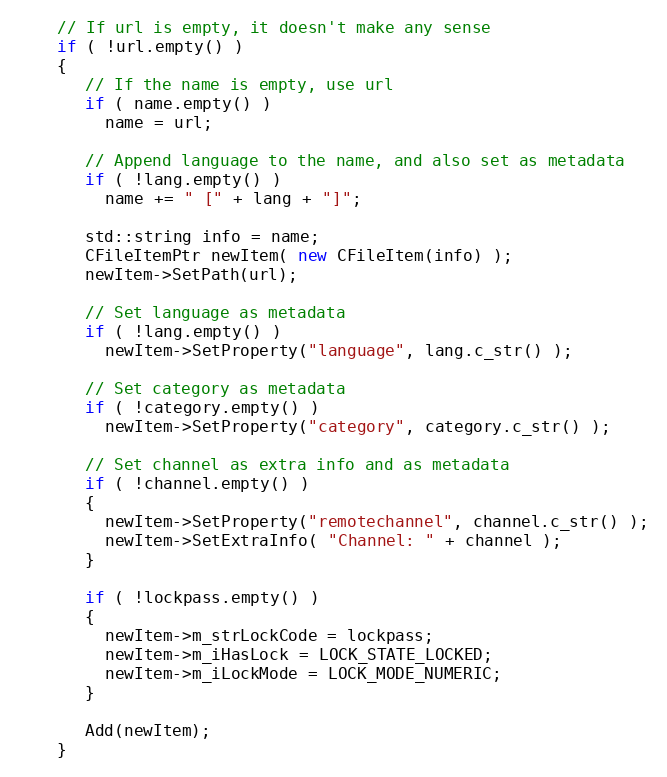
Language: C++
    // If url is empty, it doesn't make any sense
    if ( !url.empty() )
    {
       // If the name is empty, use url
       if ( name.empty() )
         name = url;

       // Append language to the name, and also set as metadata
       if ( !lang.empty() )
         name += " [" + lang + "]";

       std::string info = name;
       CFileItemPtr newItem( new CFileItem(info) );
       newItem->SetPath(url);

       // Set language as metadata
       if ( !lang.empty() )
         newItem->SetProperty("language", lang.c_str() );

       // Set category as metadata
       if ( !category.empty() )
         newItem->SetProperty("category", category.c_str() );

       // Set channel as extra info and as metadata
       if ( !channel.empty() )
       {
         newItem->SetProperty("remotechannel", channel.c_str() );
         newItem->SetExtraInfo( "Channel: " + channel );
       }

       if ( !lockpass.empty() )
       {
         newItem->m_strLockCode = lockpass;
         newItem->m_iHasLock = LOCK_STATE_LOCKED;
         newItem->m_iLockMode = LOCK_MODE_NUMERIC;
       }

       Add(newItem);
    }